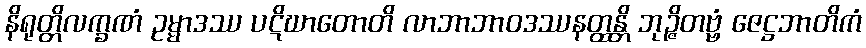
နိရုတ္တိလက္ခဏံ ဥမ္မာဒဿ ပဋိဃာတောတိ လာဘာဘာဝဒဿနတ္ထန္တိ ဘုဉ္ဇိတဗ္ဗံ ဇေဋ္ဌဘာတိကံ